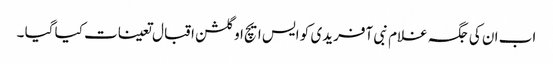
اب ان کی جگہ غلام نبی آفریدی کو ایس ایچ او گلشن اقبال تعینات کیا گیا ۔